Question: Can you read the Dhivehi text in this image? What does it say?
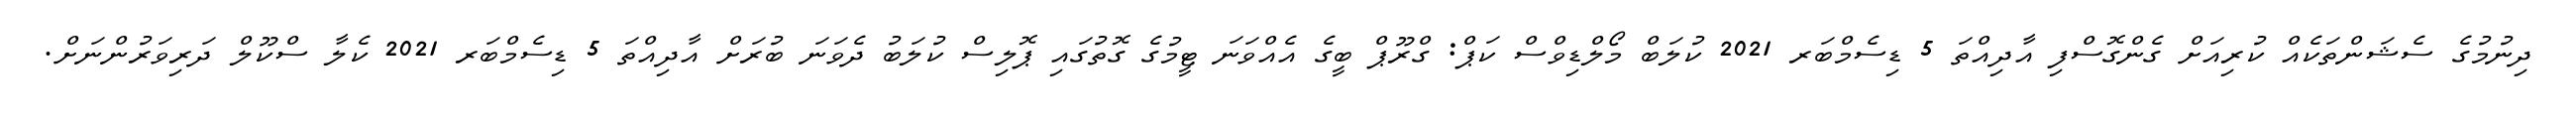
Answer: ދިނުމުގެ ސެޝަންތަކެއް ކުރިއަށް ގެންގޮސްފި އާދިއްތަ 5 ޑިސެމްބަރ 2021 ކުލަބް މޯލްޑިވްސް ކަޕް: ގްރޫޕް ބީގެ އެއްވަނަ ޓީމުގެ ގޮތުގައި ޕޮލިސް ކުލަބު ދެވަނަ ބުރަށް އާދިއްތަ 5 ޑިސެމްބަރ 2021 ކެލާ ސްކޫލް ދަރިވަރުންނަށް.